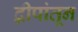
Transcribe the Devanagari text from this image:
द्वीपांतून